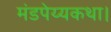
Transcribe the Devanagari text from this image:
मंडपेय्यकथा।